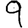
Digit: 9